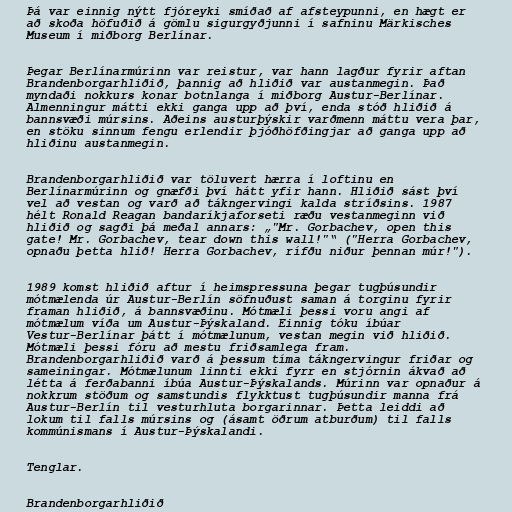
Þá var einnig nýtt fjóreyki smíðað af afsteypunni, en hægt er
að skoða höfuðið á gömlu sigurgyðjunni í safninu Märkisches
Museum í miðborg Berlínar.

Þegar Berlínarmúrinn var reistur, var hann lagður fyrir aftan
Brandenborgarhliðið, þannig að hliðið var austanmegin. Það
myndaði nokkurs konar botnlanga í miðborg Austur-Berlínar.
Almenningur mátti ekki ganga upp að því, enda stóð hliðið á
bannsvæði múrsins. Aðeins austurþýskir varðmenn máttu vera þar,
en stöku sinnum fengu erlendir þjóðhöfðingjar að ganga upp að
hliðinu austanmegin.

Brandenborgarhliðið var töluvert hærra í loftinu en
Berlínarmúrinn og gnæfði því hátt yfir hann. Hliðið sást því
vel að vestan og varð að tákngervingi kalda stríðsins. 1987
hélt Ronald Reagan bandaríkjaforseti ræðu vestanmeginn við
hliðið og sagði þá meðal annars: „"Mr. Gorbachev, open this
gate! Mr. Gorbachev, tear down this wall!"“ ("Herra Gorbachev,
opnaðu þetta hlið! Herra Gorbachev, rífðu niður þennan múr!").

1989 komst hliðið aftur í heimspressuna þegar tugþúsundir
mótmælenda úr Austur-Berlín söfnuðust saman á torginu fyrir
framan hliðið, á bannsvæðinu. Mótmæli þessi voru angi af
mótmælum víða um Austur-Þýskaland. Einnig tóku íbúar
Vestur-Berlínar þátt í mótmælunum, vestan megin við hliðið.
Mótmæli þessi fóru að mestu friðsamlega fram.
Brandenborgarhliðið varð á þessum tíma tákngervingur friðar og
sameiningar. Mótmælunum linnti ekki fyrr en stjórnin ákvað að
létta á ferðabanni íbúa Austur-Þýskalands. Múrinn var opnaður á
nokkrum stöðum og samstundis flykktust tugþúsundir manna frá
Austur-Berlín til vesturhluta borgarinnar. Þetta leiddi að
lokum til falls múrsins og (ásamt öðrum atburðum) til falls
kommúnismans í Austur-Þýskalandi.

Tenglar.

Brandenborgarhliðið